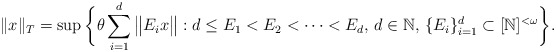
\begin{align*} \|x\|_{T} = \sup \bigg\{\theta \sum_{i=1}^d \big\|E_ix\big\| : d \leq E_1 < E_2<\cdots < E_d, \, d \in \mathbb{N},\, \{E_i\}_{i=1}^d \subset [\mathbb{N}]^{<\omega} \bigg\}. \end{align*}